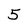
Character: 5